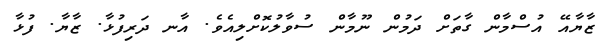
ޒާޔާއޭ އުސްމާން ގާތަށް ދަމުން ނޫމާން ސުވާލުކޮށްލިއެވެ. އާނ ދަރިފުޅާ. ޒާޔާ. ފުޅާ